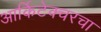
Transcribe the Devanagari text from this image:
आर्किटेक्चरचा